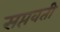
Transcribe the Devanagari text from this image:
सप्तवती